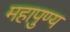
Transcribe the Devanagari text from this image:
महापुण्य